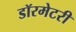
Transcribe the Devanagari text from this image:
डॉरमेटरी